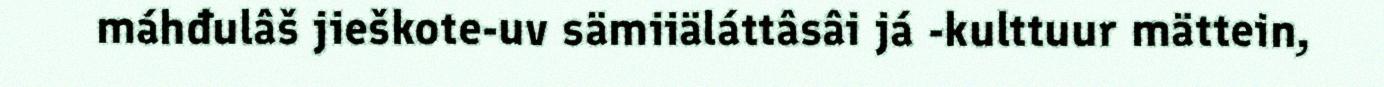
máhđulâš jieškote-uv sämiiäláttâsâi já -kulttuur mättein,